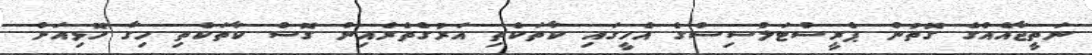
ނަތީޖާއެއްގެ ގޮތުން ޕެރީސްޓަލްސިސްގެ އެހީގައި ކާތަކެތި އަރުގެތެރެއިން ގޮސް ކާތަކެތި ހިގާ ހޮޅިއަށް